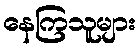
နေကြသူများ